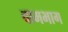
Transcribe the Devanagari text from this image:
वामभाग